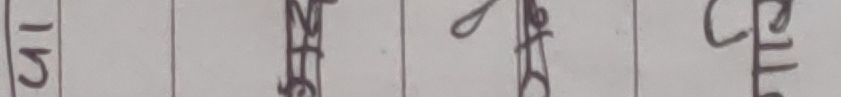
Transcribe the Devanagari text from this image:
५ ज त्र ची